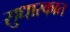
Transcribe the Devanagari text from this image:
सुधारकात